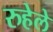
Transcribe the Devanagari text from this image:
रुहेले